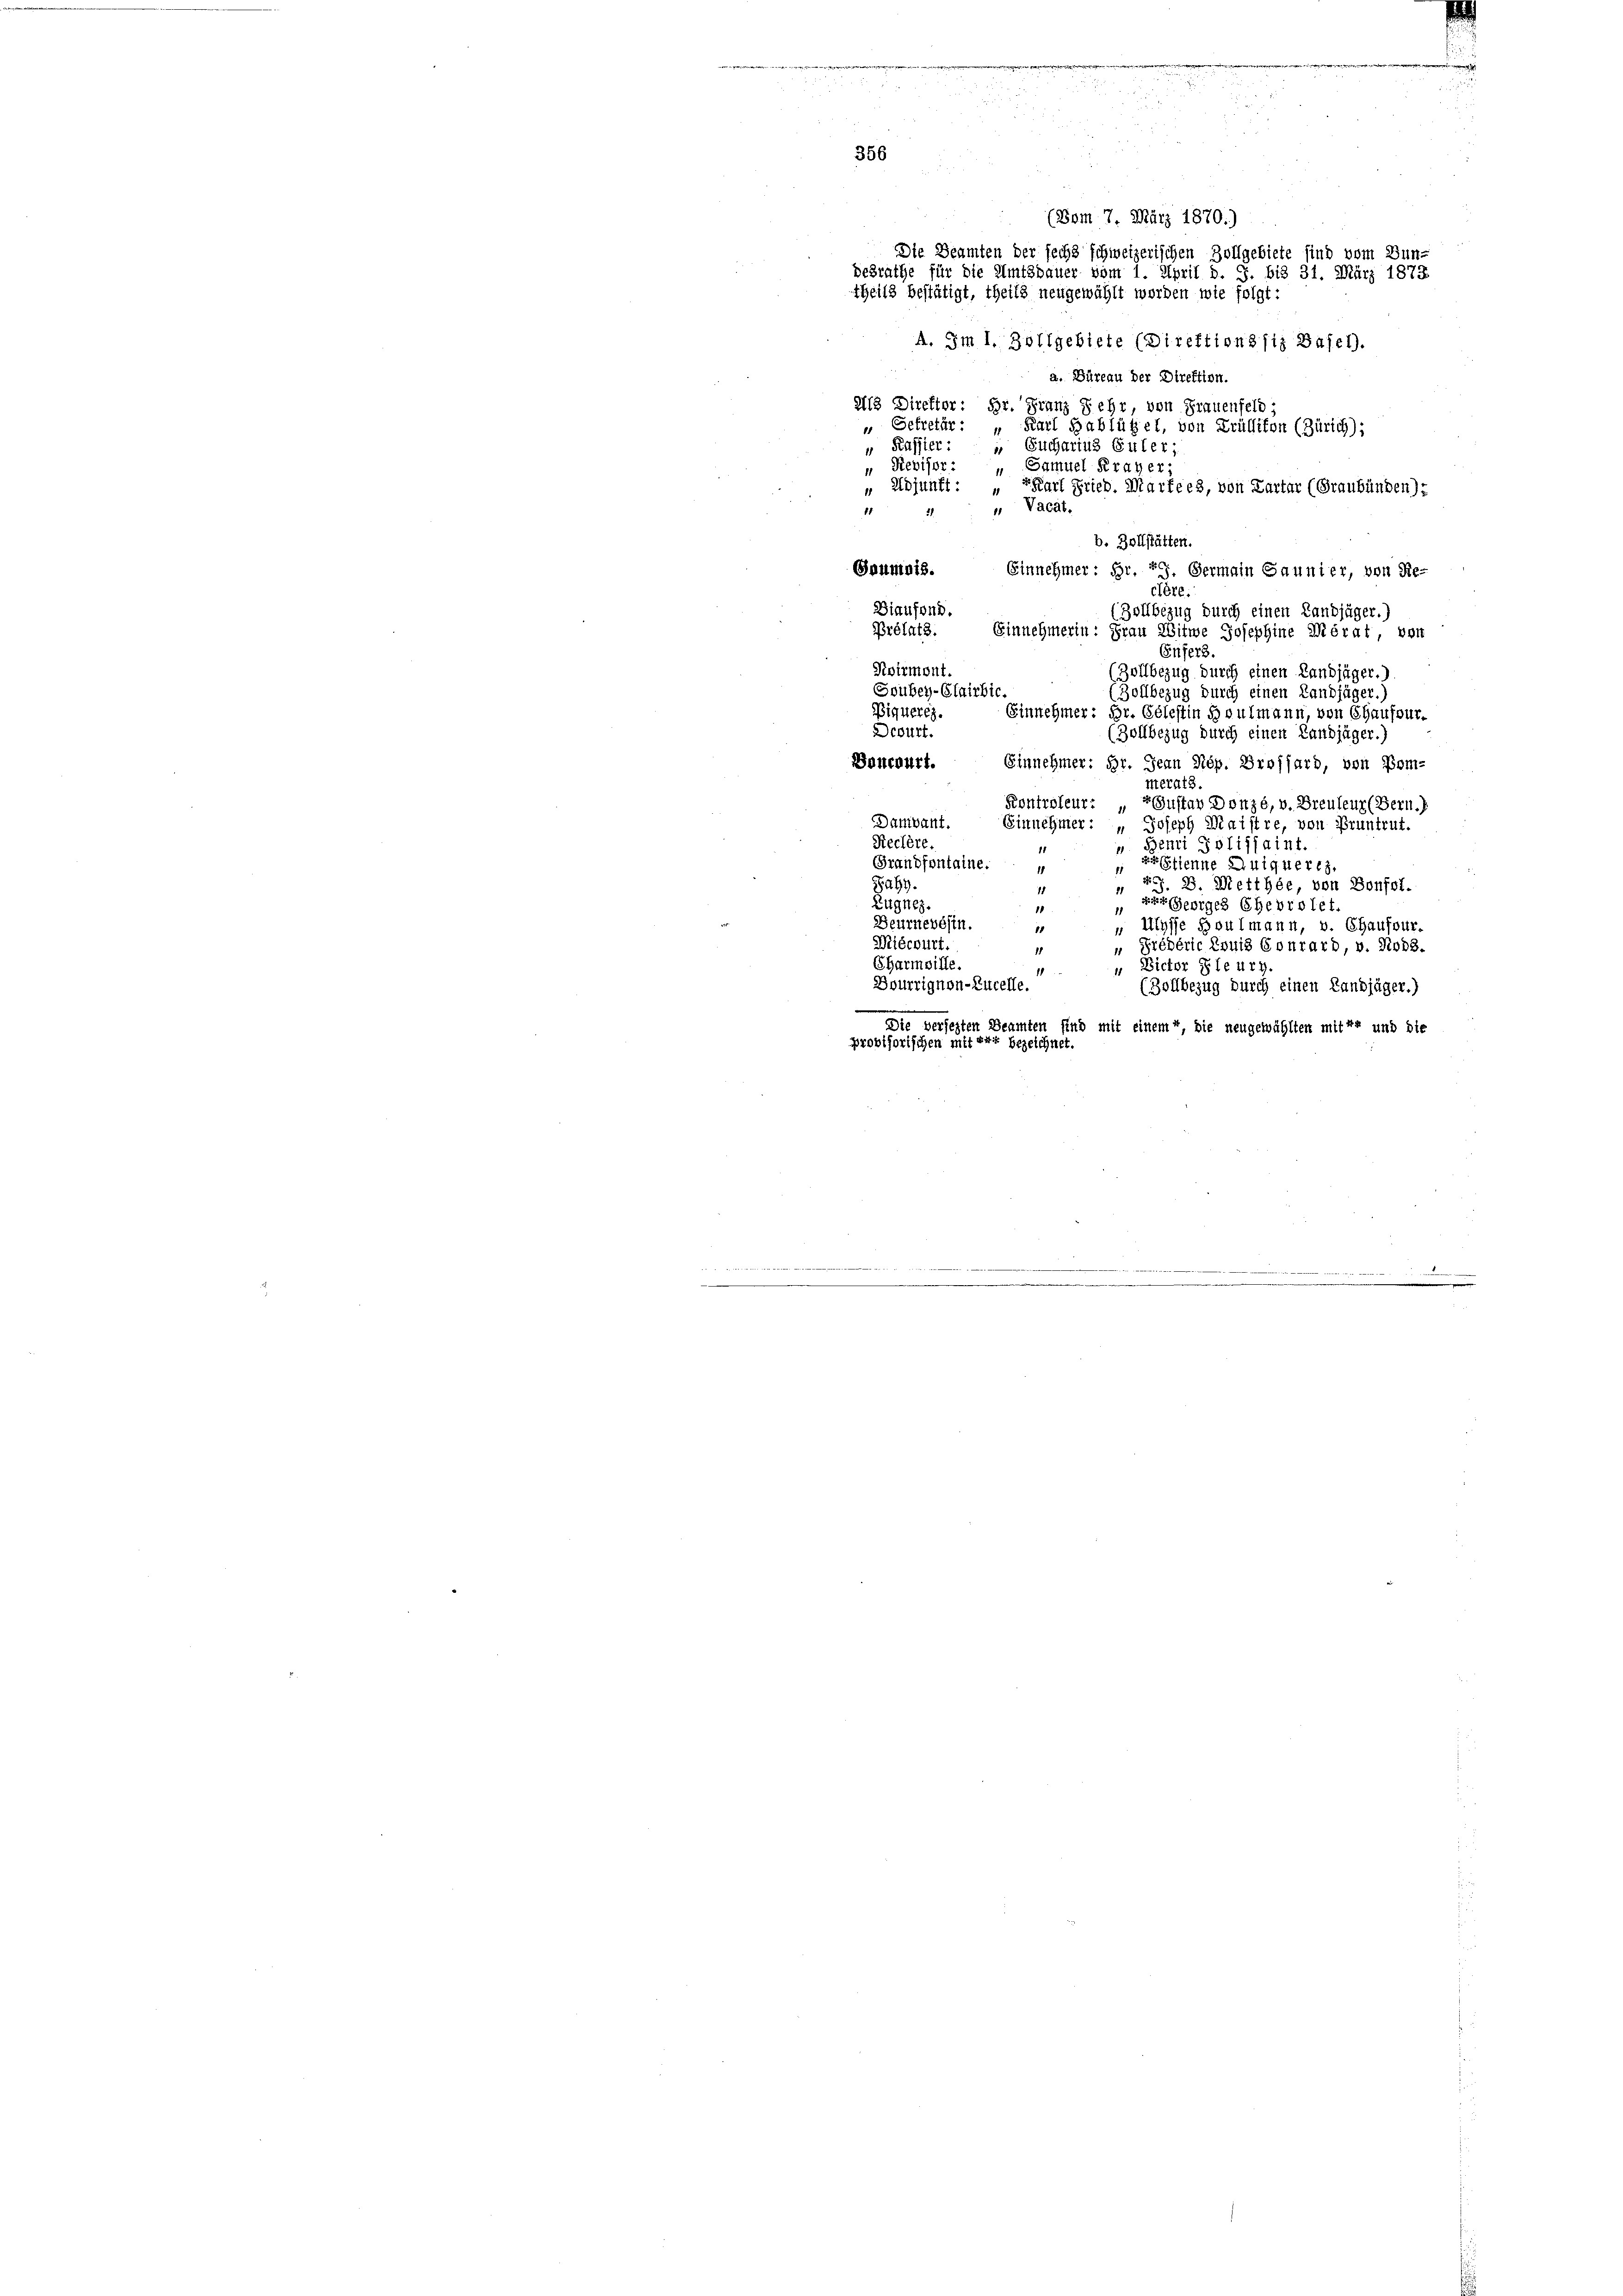
356

(Bom 7. März 1870.)
Die Beamten der sechs schweizerischen Zollgebiete sind vom Bundesrathe für die Amtsdauer vom 1. April d. J. bis 31. März 1872
theils bestätigt, theils neugewählt worden wie folgt:
A. Im I. Zollgebiete (Direktionsis Basel.
a. Büreau der Direktion
Als Direktor : Hr. Franz sehr, von Frauenfeld-
„ Sekretär: „Karl Hablützel, von Trüllikon (Zürich);
" Kassier: „ Eucharius Guler;
" Revisor:
Samuel Krayer
Adjunft:
Karl Fried. Markees, von Karter (Graubünden)
„ Vacat.
21.
b. Zollstätten.
Grumnis.
Einnehmer: Br. 79. Germain Saunier, von Re-
cière.
Diaufond.
(Zollbezug durch einen Landjäger.)
Prélats.
Einnehmerin: Frau Witwe Josephine Merat, von
Eufers.
Koirmont.
(Zollbezug durch einen Landjäger.
Soubey-Glairbic.
Zollbezug durch einen Landjäger.)
Biqueres.
Einnehmer: Hr. Celestin doulmann, von Chaufsur-
Debürt
Zollbezug durch einen Landjäger.)
Boncourt.
Einnehmer: Hr. Jean Rép. Grossard, von Kom-
merats.
Kontroleur. Gustav Donzé, v. Breuleur (Bern.
Dambant. Einnehmer: „Joseph Maistre, von Pruntrut.
Reclère.
u. Benri Jolifsaint.
etienne Aniquere.
(Grandfontaine.
 sez. B. Metthée, von Bonfor-
Jahr.
(Georges Ehebrolet.
Zugnez.
1
Beurnevésin.
Uhife Boulmann, v. Chaufour.
11
Miécurt.
"Prédéric Louis Conrard, v. Rods.
15
Sharmville.
" Victor leury,
1
Dourrignon-Excelle.
(Zollbezug durch einen Landjäger.)
Die Versetzten Beamten sind mit einem die neugewählten mit Er und die
provisorischen mit er bezeichnet.